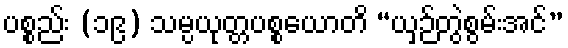
ပစ္စည်း (၁၉) သမ္ပယုတ္တပစ္စယောတိ “ယှဉ်တွဲစွမ်းအင်”